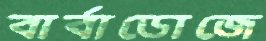
বার্বাডোজে